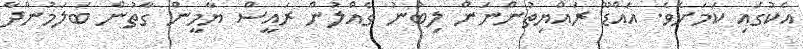
އެކުގައި ކަމަށެވެ. އައްޑޫ ރައްޔިތުންނަން ލިބުނު ގެއްލުން ރައީސް ޔާމީން ގާތުން ބަލަމުންދާ